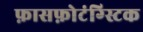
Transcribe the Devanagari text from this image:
फ़ासफ़ोटंग्स्टिक